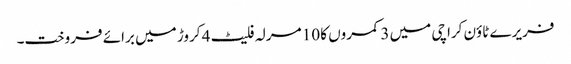
فریرے ٹاؤن کراچی میں 3 کمروں کا 10 مرلہ فلیٹ 4 کروڑ میں برائے فروخت۔